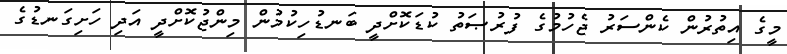
މީގެ އިތުރުން ކެންސަރު ޖެހުމުގެ ފުރުޞަތު ކުޑަކޮށްދީ ބަނޑުހިކުމުން މިންޖުކޮށްދީ އަދި ހަށިގަނޑުގެ